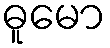
ဓူမော